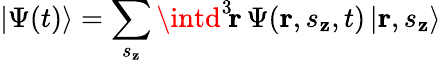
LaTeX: |\Psi(t)\rangle=\sum_{s_{\mathbf{z}}}\intd^{3}\! \mathbf{{r}}\, \Psi(\mathbf{{r}},s_{\mathbf{z}},t)\, |\mathbf{{r}},s_{\mathbf{z}}\rangle